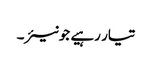
تیار رہیے جونیئر۔